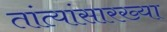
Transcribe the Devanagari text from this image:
तांत्यांसारख्या